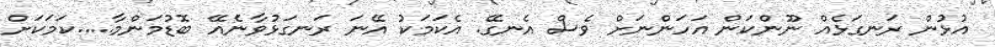
އުޅުން ރަނގަޅެއް ނޫންކަން އަހަންނަށް ވެސް އެނގޭ. އެކަމަކު އޭނަ ރަނގަޅުވާނެއޭ ބޮޑުމަންމާ.....ކަމަކަށް